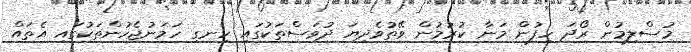
މުސްލިމުން ރޯދަ ހިފުން މަނާ ކުރުމުން ވޭތުވެދިޔަ ދުވަސްތަކުގައި ހިނގި ހަމަނުޖެހުންތަކުގައި އެތައް